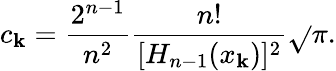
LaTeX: c_{\mathbf{k}}=\frac{{2^{n-1}}}{{n^{2}}}\frac{{n!}}{{[H_{n-1}(x_{\mathbf{k}})]^{2}}}\sqrt{}{{\pi}}.